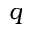
q